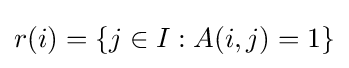
r(i)=\{j\in I:A(i,j)=1\}